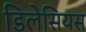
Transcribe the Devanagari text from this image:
डिलेसियस